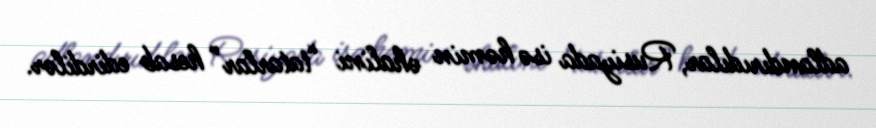
adlandırıdılar, Rusiyada isə həmin əhalini “tatarlar” hesab edirdilər.